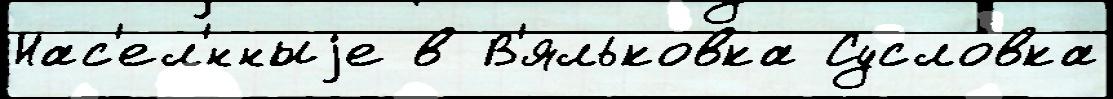
Нас'ел'́нныjе в В'яльковка Сусловка